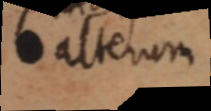
alterum